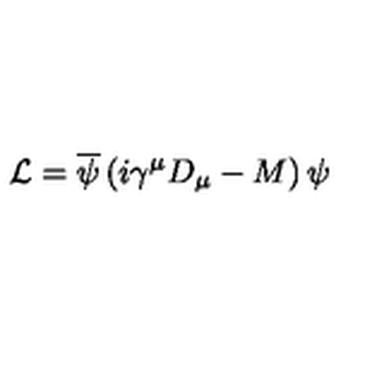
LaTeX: { \cal L } = \overline { { \psi } } \left( i \gamma ^ { \mu } D _ { \mu } - M \right) \psi